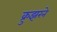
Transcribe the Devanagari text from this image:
क्रुझरने